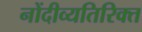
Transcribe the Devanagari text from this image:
नोंदीव्यतिरिक्त